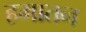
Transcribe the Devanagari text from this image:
हमातन